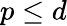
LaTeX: p\leq d